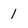
Character: 1